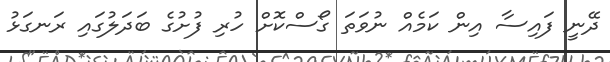
ދޭނީ ފައިސާ އިން ކަމެއް ނުވަތަ ގޯސްކޮށް ހުރި ފުށުގެ ބަދަލުގައި ރަނގަޅު